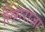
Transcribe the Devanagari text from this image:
लिंगराजा